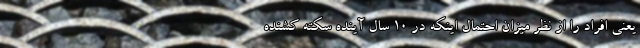
یعنی افراد را از نظر میزان احتمال اینکه در ۱۰ سال آینده سکته کشنده